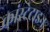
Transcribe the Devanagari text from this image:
कांस्टेटाइन